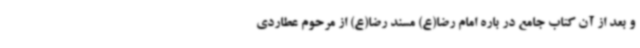
و بعد از آن کتاب جامع در باره امام رضا(ع) مسند رضا(ع) از مرحوم عطاردی